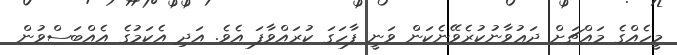
މީހެއްގެ މައްޗަށް ދަޢުވާނުކުރެވޭނެކަން ވަނީ ފާހަގަ ކުރައްވާފަ އެވެ. އަދި އެކަމުގެ އެއްބަސްވުން